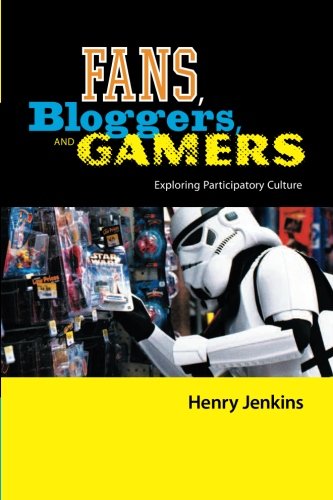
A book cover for Fans, Bloggers, and Gamers: Media Consumers in a Digital Age; Henry Jenkins; Health, Fitness & Dieting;